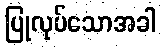
ပြုလုပ်သောအခါ